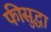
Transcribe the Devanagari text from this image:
फीसुद्धा